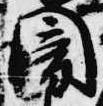
闇